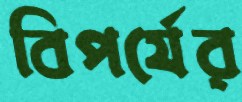
বিপর্যের